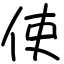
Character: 使